Vaccination United Provinces of Agra and Oudh 1923-1928 - 1923-1928
Year: 1923
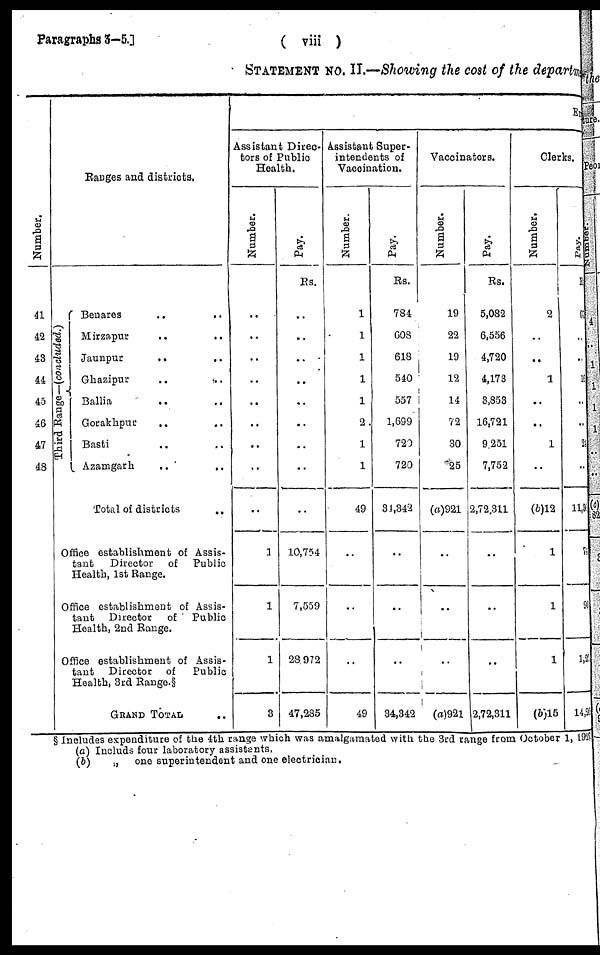
Paragraphs 3-5.]
( viii )
STATEMENT NO. II.—Showing the cost of the departm
Number.
41
42
43
44
45
46
47
48
Ranges and districts.
Third Range—(concluded.)
Benares .. ..
Mirzapur
..
..
Jaunpur
..
..
Ghazipur .. ..
Ballia
..
..
Gorakhpur .. ..
Basti .. ..
Azamgarh .. ..
Total of districts
..
Office establishment of Assis-
tant
Director
of Public
Health, 1st Range.
Office establishment of Assis-
tant
Director
of Public
Health, 2nd Range.
Office establishment of Assis-
tant
Director of
Public
Health, 3rd Range.§
GRAND TOTAL
Ex
Assistant Direc-
tors of Public
Health.
Number.
..
..
..
..
..
..
..
..
..
1
1
1
3
Pay.
Rs.
..
..
..
..
..
..
..
..
..
10,754
7,559
28,972
47,285
Assistant Super-
intendents of
Vaccination.
Number.
1
1
1
1
1
2
1
1
49
..
..
..
49
Pay.
Rs.
784
608
618
540
557
1,699
720
720
34,342
..
..
..
34,342
Vaccinators.
Number.
19
22
19
12
14
72
30
25
(a)921
..
..
..
(a)92l
Pay.
Rs.
5,082
6,556
4,720
4,173
3,853
16,721
9,251
7,752
2,72,311
..
..
..
2,72,311
Clerks.
Number.
2
..
..
1
..
..
1
..
(b)12
1
1
1
(b)15
Pay.
Rs.
67
..
..
16
..
..
..
..
11,3
7
90
1,25
14,26
§ Includes expenditure of the 4th range which was amalgamated with the 3rd range from October 1, 1927.
(a) Includs four laboratory assistants.
(b)
„ one superintendent and one electrician.